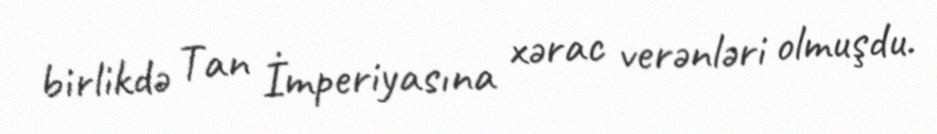
birlikdə Tan İmperiyasına xərac verənləri olmuşdu.